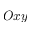
O x y